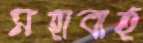
মহাবাহু